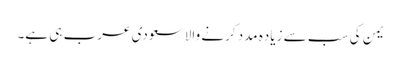
یمن کی سب سے زیاده مدد کرنے والا سعودی عرب ہی ہے۔